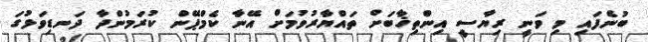
ބުނެފައި މި ވަނީ ރިޔާސީ އިންތިޚާބަށް ތައްޔާރުވުމަށް އޭނާ ކެމްޕޭން ކުރަމުންދާ ދަނޑިވަޅުގަ